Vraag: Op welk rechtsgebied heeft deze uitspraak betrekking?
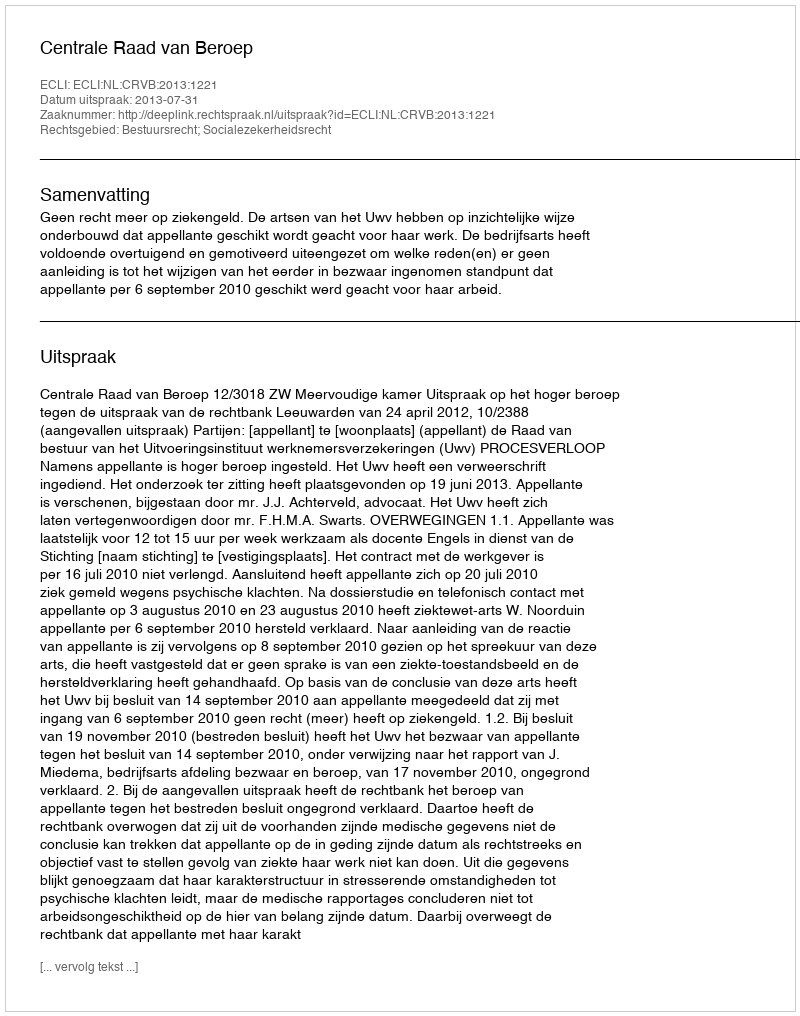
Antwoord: Bestuursrecht; Socialezekerheidsrecht